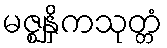
မဇ္ဈနှိကသုတ္တံ